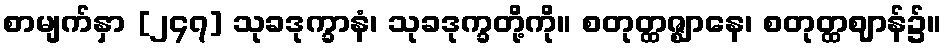
စာမျက်နှာ [၂၄၇] သုခဒုက္ခာနံ၊ သုခဒုက္ခတို့ကို။ စတုတ္ထဇ္ဈာနေ၊ စတုတ္ထဈာန်၌။